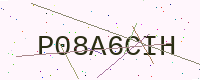
Text: P08A6CIH